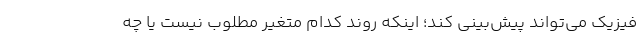
فیزیک می‌تواند پیش‌بینی کند؛ اینکه روند کدام متغیر مطلوب نیست یا چه